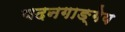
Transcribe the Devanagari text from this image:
वदनगाङ्गेय